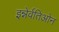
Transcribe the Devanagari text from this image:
इन्नेर्वतिओन